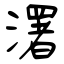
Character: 濖